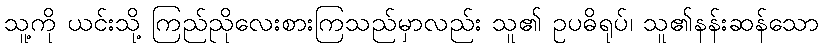
သူ့ကို ယင်းသို့ ကြည်ညိုလေးစားကြသည်မှာလည်း သူ၏ ဥပဓိရုပ်၊ သူ၏နန်းဆန်သော